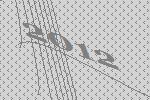
2012